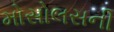
મોસોલસની